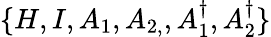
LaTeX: \{ H,I,A_{1},A_{2,},A_{1}^{\dagger},A_{2}^{\dagger}\}